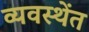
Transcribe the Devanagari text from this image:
व्यवस्थेंत